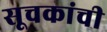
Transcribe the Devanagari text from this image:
सूचकांची